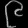
Digit: ၉